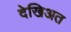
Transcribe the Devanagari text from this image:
देखिअत